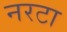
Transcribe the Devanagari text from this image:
नरटा